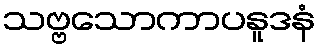
သဗ္ဗသောကာပနူဒနံ